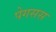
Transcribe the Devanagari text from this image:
पेगसस